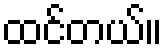
ထင်တယ်။